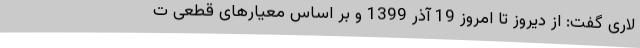
لاری گفت: از دیروز تا امروز 19 آذر 1399 و بر اساس معیارهای قطعی ت